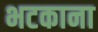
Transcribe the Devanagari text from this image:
भटकाना